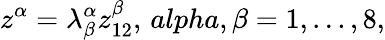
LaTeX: z^{\alpha}=\lambda_{\beta}^{\alpha}z_{12}^{\beta},\, alpha,\beta=1,...,8,